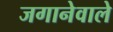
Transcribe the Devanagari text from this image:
जगानेवाले